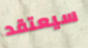
سيعتقد